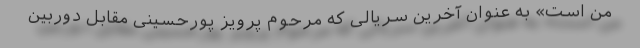
من است» به عنوان آخرین سریالی که مرحوم پرویز پورحسینی مقابل دوربین